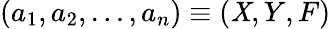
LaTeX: (a_{1},a_{2},\dots,a_{n})\equiv(\mathit{X},Y,F)